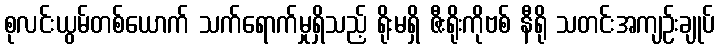
စုလင်းယွမ်တစ်ယောက် သက်ရောက်မှုရှိသည့် ရိုးမရှိ ဇီးရိုးကိုဗစ် နီရို သတင်းအကျဉ်းချုပ်